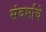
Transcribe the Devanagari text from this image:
संदर्भाचे